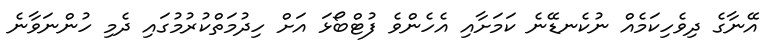
އޭނާގެ ދިވެހިކަމެއް ނުކެނޑޭނެ ކަމަށާއި އެހެންވެ ފުޓްބޯޅަ އަށް ހިދުމަތްކުރުމުގައި ދެމި ހުންނަވާނެ